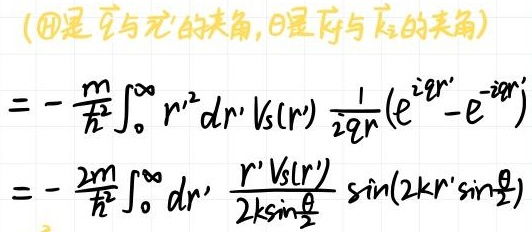
（$\Theta$是$\hat{\boldsymbol{k}}$与$\hat{\boldsymbol{r}}'$的夹角，$\theta$是$\hat{\boldsymbol{k}}_0$与$\hat{\boldsymbol{k}}_1$的夹角）
\[
=-\frac{m}{\hbar^2}\int_{0}^{\infty}r'^2dr'V_s(r')\frac{1}{2ir'}(e^{i2kr'}-e^{-i2kr'})
\]
\[
=-\frac{2m}{\hbar^2}\int_{0}^{\infty}dr'\frac{r'V_s(r')}{2k\sin\frac{\theta}{2}}\sin(2kr'\sin\frac{\theta}{2})
\]